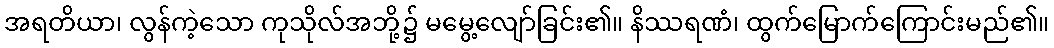
အရတိယာ၊ လွန်ကဲ့သော ကုသိုလ်အဘို့၌ မမွေ့လျော်ခြင်း၏။ နိဿရဏံ၊ ထွက်မြောက်ကြောင်းမည်၏။